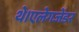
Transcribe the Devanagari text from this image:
थे।एलेगजेंडर